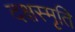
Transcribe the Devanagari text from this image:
दक्षस्मृति